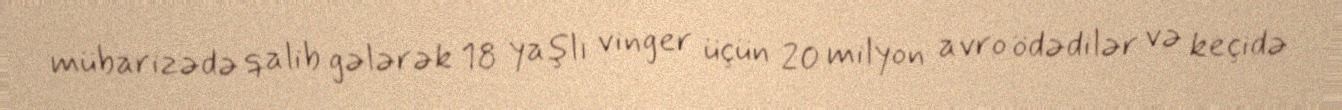
mübarizədə qalib gələrək 18 yaşlı vinger üçün 20 milyon avro ödədilər və keçidə